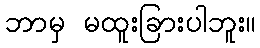
ဘာမှ မထူးခြားပါဘူး။